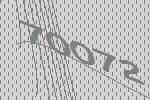
70072